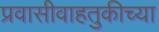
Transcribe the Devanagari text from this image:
प्रवासीवाहतुकीच्या